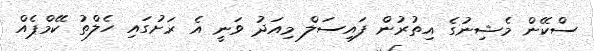
ސްކޭން މެޝިނުގެ އިތުރުން ފައިސަލް މިއަދު ވަނީ އެ ރަށުގައި ހެލްތު ކޭމްޕެއް